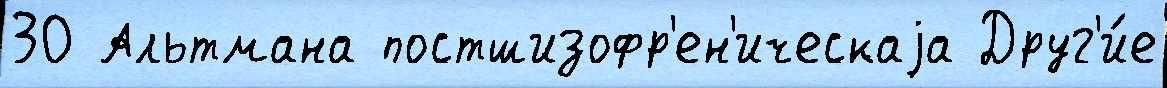
30 Альтмана постшизофр'ен'ическаjа Друг'и́е